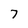
Character: 7